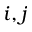
i , j